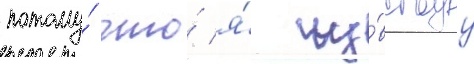
потому́ что́ я́ чу́вствуу